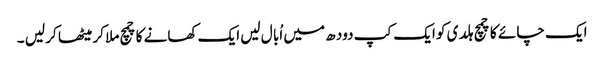
ایک چا ئے کا چمچ ہلد ی کو ایک کپ دود ھ میں اُبا ل لیں ایک کھانے کا چمچ ملا کر میٹھا کر لیں ۔